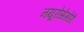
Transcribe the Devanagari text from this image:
नयूरोसेंसोरी